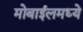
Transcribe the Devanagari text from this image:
मोबाईलमध्ये